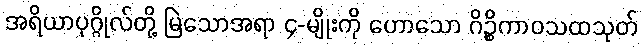
အရိယာပုဂ္ဂိုလ်တို့ မြဲသောအရာ ၄-မျိုးကို ဟောသော ဂိဉ္စိကာဝသထသုတ်